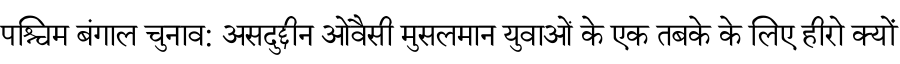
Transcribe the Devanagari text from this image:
पश्चिम बंगाल चुनाव: असदुद्दीन ओवैसी मुसलमान युवाओं के एक तबके के लिए हीरो क्यों